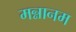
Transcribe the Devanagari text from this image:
मन्नानम